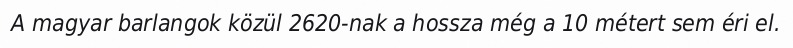
A magyar barlangok közül 2620-nak a hossza még a 10 métert sem éri el.